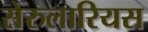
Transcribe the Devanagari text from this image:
सेरुलारियस